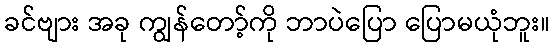
ခင်ဗျား အခု ကျွန်တော့်ကို ဘာပဲပြော ပြောမယုံဘူး။